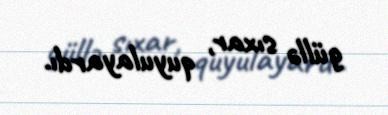
güllə sıxar, quyulayardı.